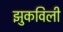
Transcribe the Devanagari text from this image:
झुकविली